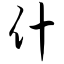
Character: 什